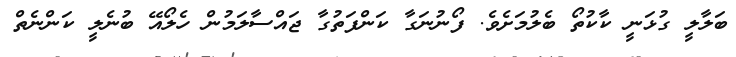
ބަލާލީ ގުޅަނީ ކާކުތޯ ބެލުމަށެވެ. ފޯނުނަގާ ކަންފަތުގާ ޖައްސާލަމުން ހެލޯއޭ ބުނެލީ ކަންނެތް